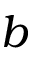
b